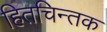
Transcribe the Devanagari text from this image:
हितचिन्तक